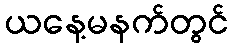
ယနေ့မနက်တွင်